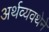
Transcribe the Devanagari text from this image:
अर्थव्यवथेने